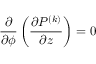
\displaystyle \frac { \partial } { \partial \phi } \left( \frac { \partial P ^ { ( k ) } } { \partial z } \right) = 0